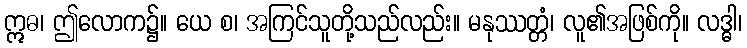
ဣဓ၊ ဤလောက၌။ ယေ စ၊ အကြင်သူတို့သည်လည်း။ မနုဿတ္တံ၊ လူ၏အဖြစ်ကို။ လဒ္ဓါ၊